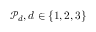
\mathcal { P } _ { d } , d \in \{ 1 , 2 , 3 \}